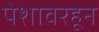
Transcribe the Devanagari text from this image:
पेशावरहून